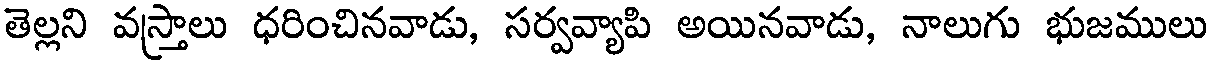
తెల్లని వస్త్రాలు ధరించినవాడు, సర్వవ్యాపి అయినవాడు, నాలుగు భుజములు